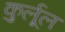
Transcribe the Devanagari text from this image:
कुर्लूल